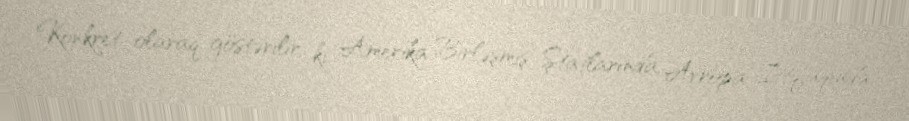
Konkret olaraq göstərilir ki, Amerika Birləşmiş Ştatlarında, Avropa İttifaqında